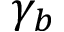
\gamma _ { b }